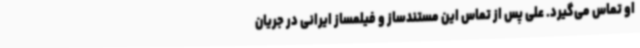
او تماس می‌گیرد. علی پس از تماس این مستندساز و فیلمساز ایرانی در جریان